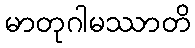
မာတုဂါမဿာတိ